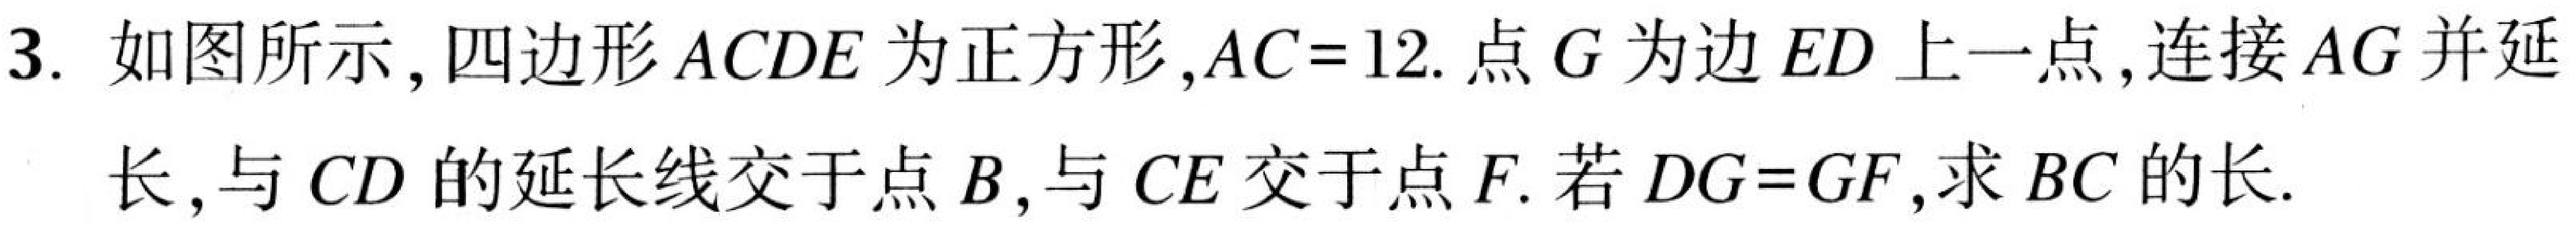
3. 如图所示，四边形\(ACDE\)为正方形，\(AC = 12\). 点\(G\)为边\(ED\)上一点，连接\(AG\)并延
长，与\(CD\)的延长线交于点\(B\)，与\(CE\)交于点\(F\). 若\(DG = GF\)，求\(BC\)的长.